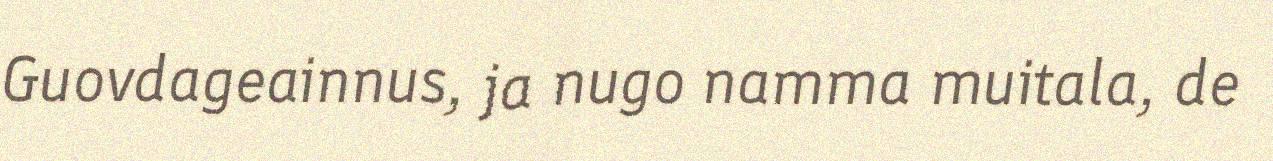
Guovdageainnus, ja nugo namma muitala, de